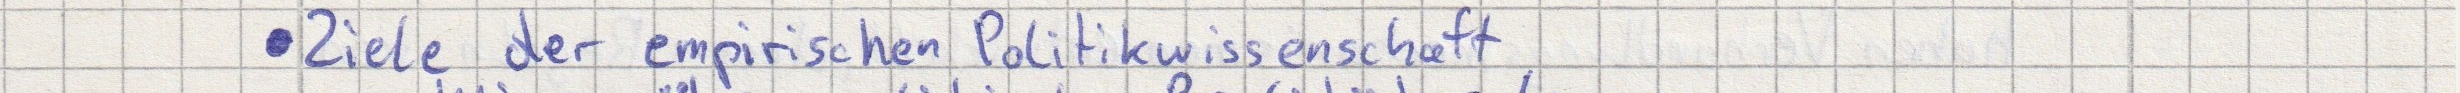
- Ziele der empirischen Politikwissenschaft